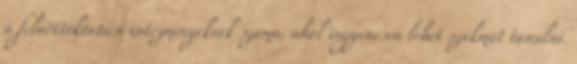
a felnőttoktatási intézményeknek száma, ahol ingyenesen lehet szakmát tanulni.